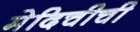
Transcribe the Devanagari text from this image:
मेदिचीची